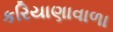
કરિયાણાવાળા